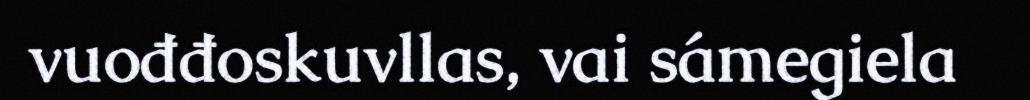
vuođđoskuvllas, vai sámegiela